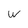
Character: w